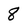
Character: 8